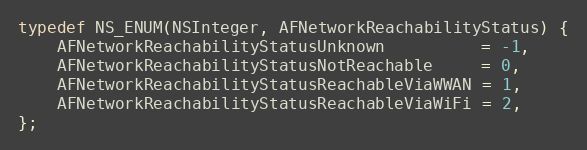
Language: C
typedef NS_ENUM(NSInteger, AFNetworkReachabilityStatus) {
    AFNetworkReachabilityStatusUnknown          = -1,
    AFNetworkReachabilityStatusNotReachable     = 0,
    AFNetworkReachabilityStatusReachableViaWWAN = 1,
    AFNetworkReachabilityStatusReachableViaWiFi = 2,
};